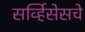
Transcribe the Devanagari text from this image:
सर्व्हिसेसचे